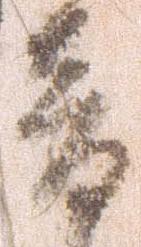
音